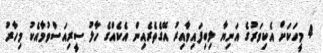
4 މީހަކަށް އެކިވަރުގެ އަނިޔާ ލިބިފައިވާއިރު އޭގެތެރެއިން އެކެއްގެ ހާލު ސީރިއަސްވުމާއެކު މިހާރު